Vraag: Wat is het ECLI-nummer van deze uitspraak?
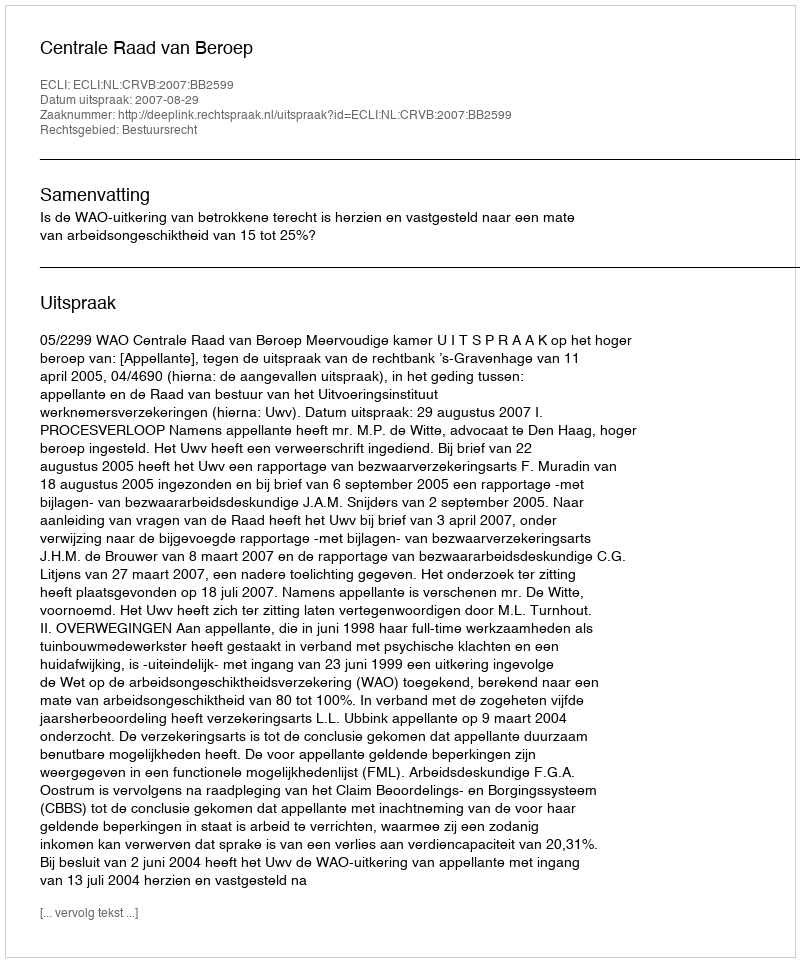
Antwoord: ECLI:NL:CRVB:2007:BB2599